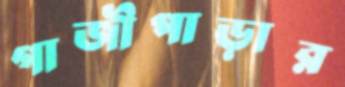
গাজীপাড়ার